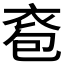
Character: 𧙌